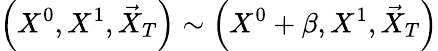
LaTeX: \left(X^{0},X^{1},\vec{X}_{T}\right)\sim\left(X^{0}+\beta,X^{1},\vec{X}_{T}\right)